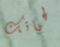
لحياتك